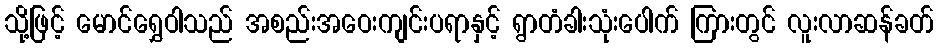
သို့ဖြင့် မောင်ရွှေဝါသည် အစည်းအဝေးကျင်းပရာနှင့် ရွာတံခါးသုံးပေါက် ကြားတွင် လူးလာဆန်ခတ်